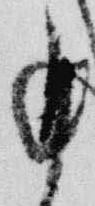
月